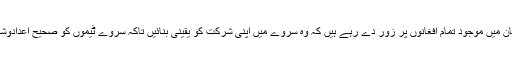
اقوام متحدہ کے عہدے دار پاکستان میں موجود تمام افغانوں پر زور دے رہے ہیں کہ وہ سروے میں اپنی شرکت کو یقینی بنائیں تاکہ سروے ٹیموں کو صحیح اعدادوشمار اکٹھے کرنے میں آسانی ہو۔